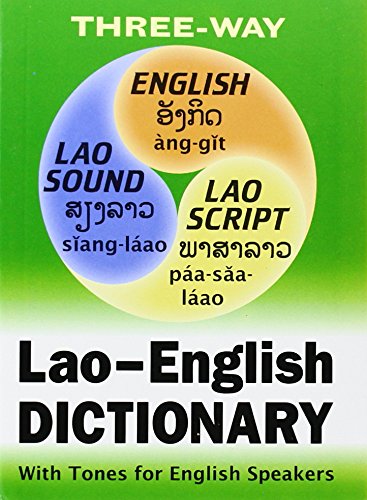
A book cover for Lao-English English-Lao Dictionary; Khamphan Mingbuapha; Benjawan Poomsan Be; Travel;